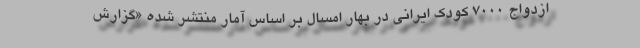
ازدواج ۷۰۰۰ کودک ایرانی در بهار امسال بر اساس آمار منتشر شده «گزارش